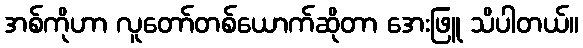
အစ်ကိုဟာ လူတော်တစ်ယောက်ဆိုတာ အေးဖြူ သိပါတယ်။